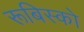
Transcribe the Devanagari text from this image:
रूबिस्को